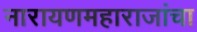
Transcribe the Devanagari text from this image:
नारायणमहाराजांचा